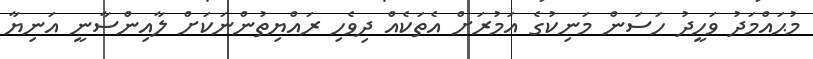
މުޙައްމަދު ވަހީދު ހަސަން މަނިކުގެ އަމުރަށް އެތަކެއް ދިވެހި ރައްޔިތުންނަކަށް ލާއިންސާނީ އަނިޔާ